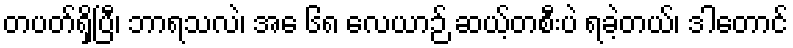
တပတ်ရှိပြီ၊ ဘာရသလဲ၊ အေ ၆၈ လေယာဉ် ဆယ့်တစီးပဲ ရခဲ့တယ်၊ ဒါတောင်